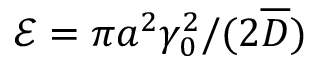
\mathcal { E } = \pi a ^ { 2 } \gamma _ { 0 } ^ { 2 } / ( 2 \overline { { D } } )